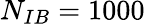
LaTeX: N_{IB}=1000